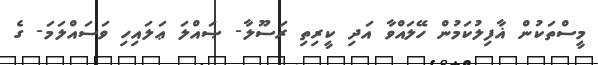
މީސްތަކުން ޣާފިލުކަމުން ހޭލައްވާ އަދި ކީރިތި ރަސޫލާ- ޞައްލަ ޢަލައިހި ވަސައްލަމަ- ގެ